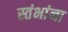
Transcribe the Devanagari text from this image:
स्तंभांना